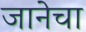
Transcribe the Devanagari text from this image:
जानेचा